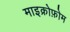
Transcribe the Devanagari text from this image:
माइक्रोफ़ोम